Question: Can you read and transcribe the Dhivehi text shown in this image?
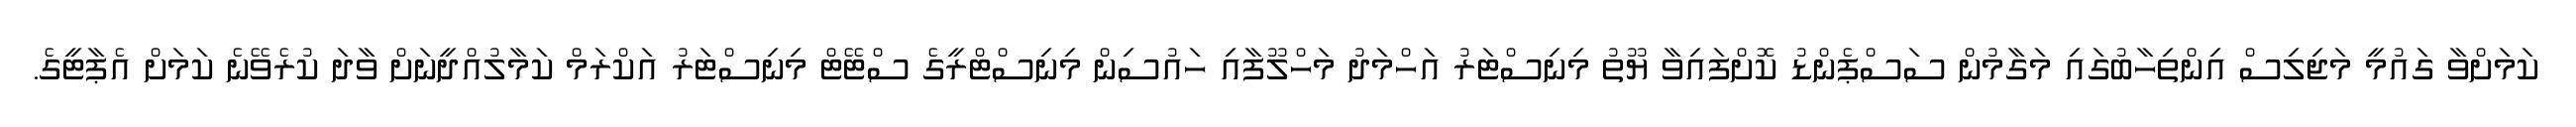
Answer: ކަމަށްވާ ގައުމީ މަޖިލިސް އިންތިހާބުގައި މަގާމުން ސަސްޕެންޑު ކޮށްފައިވާ ޔޫތު މިނިސްޓަރު އަހްމަދު މަހްލޫފާއި ހައުސިން މިނިސްޓްރީގެ ސްޓޭޓް މިނިސްޓަރު އަކްރަމް ކަމާލުއްދީނަށް ވާދަ ކުރެވޭނެ ކަމަށް އެޕާޓީގެ.